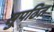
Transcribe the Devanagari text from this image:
सुपठित